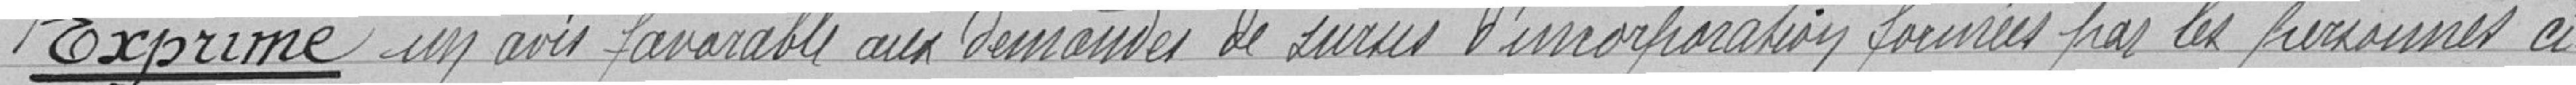
Exprime un avis favorable aux demandes de sursis d'incorporation fournies par les personnes ci-